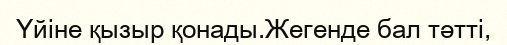
Үйіне қызыр қонады.Жегенде бал тәтті,